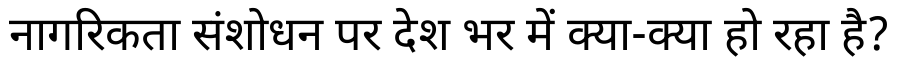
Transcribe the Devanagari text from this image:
नागरिकता संशोधन पर देश भर में क्या-क्या हो रहा है?